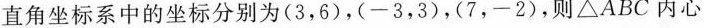
直角坐标系中的坐标分别为(3，6)，(-3，3)，(7，-2)，则△ABC内心